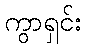
ကွာရှင်း